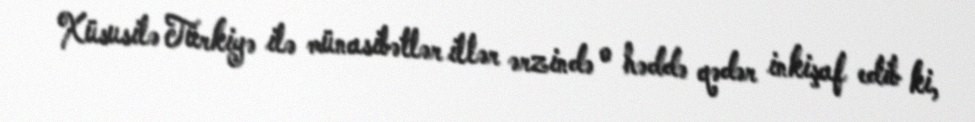
Xüsusilə Türkiyə ilə münasibətlər illər ərzində o həddə qədər inkişaf edib ki,